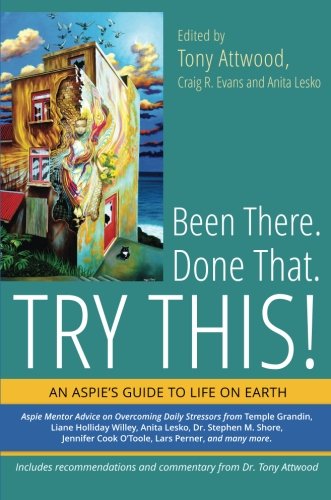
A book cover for Been There. Done That. Try This!: An Aspie's Guide to Life on Earth; Tony Attwood; Parenting & Relationships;